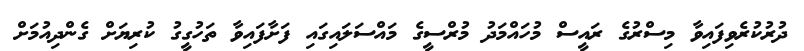
ދުރުކުރެވިފައިވާ މިސްރުގެ ރައީސް މުހައްމަދު މުރްސީގެ މައްސަލައިގައި ފަށާފައިވާ ތަހުގީގު ކުރިޔަށް ގެންދިއުމަށް